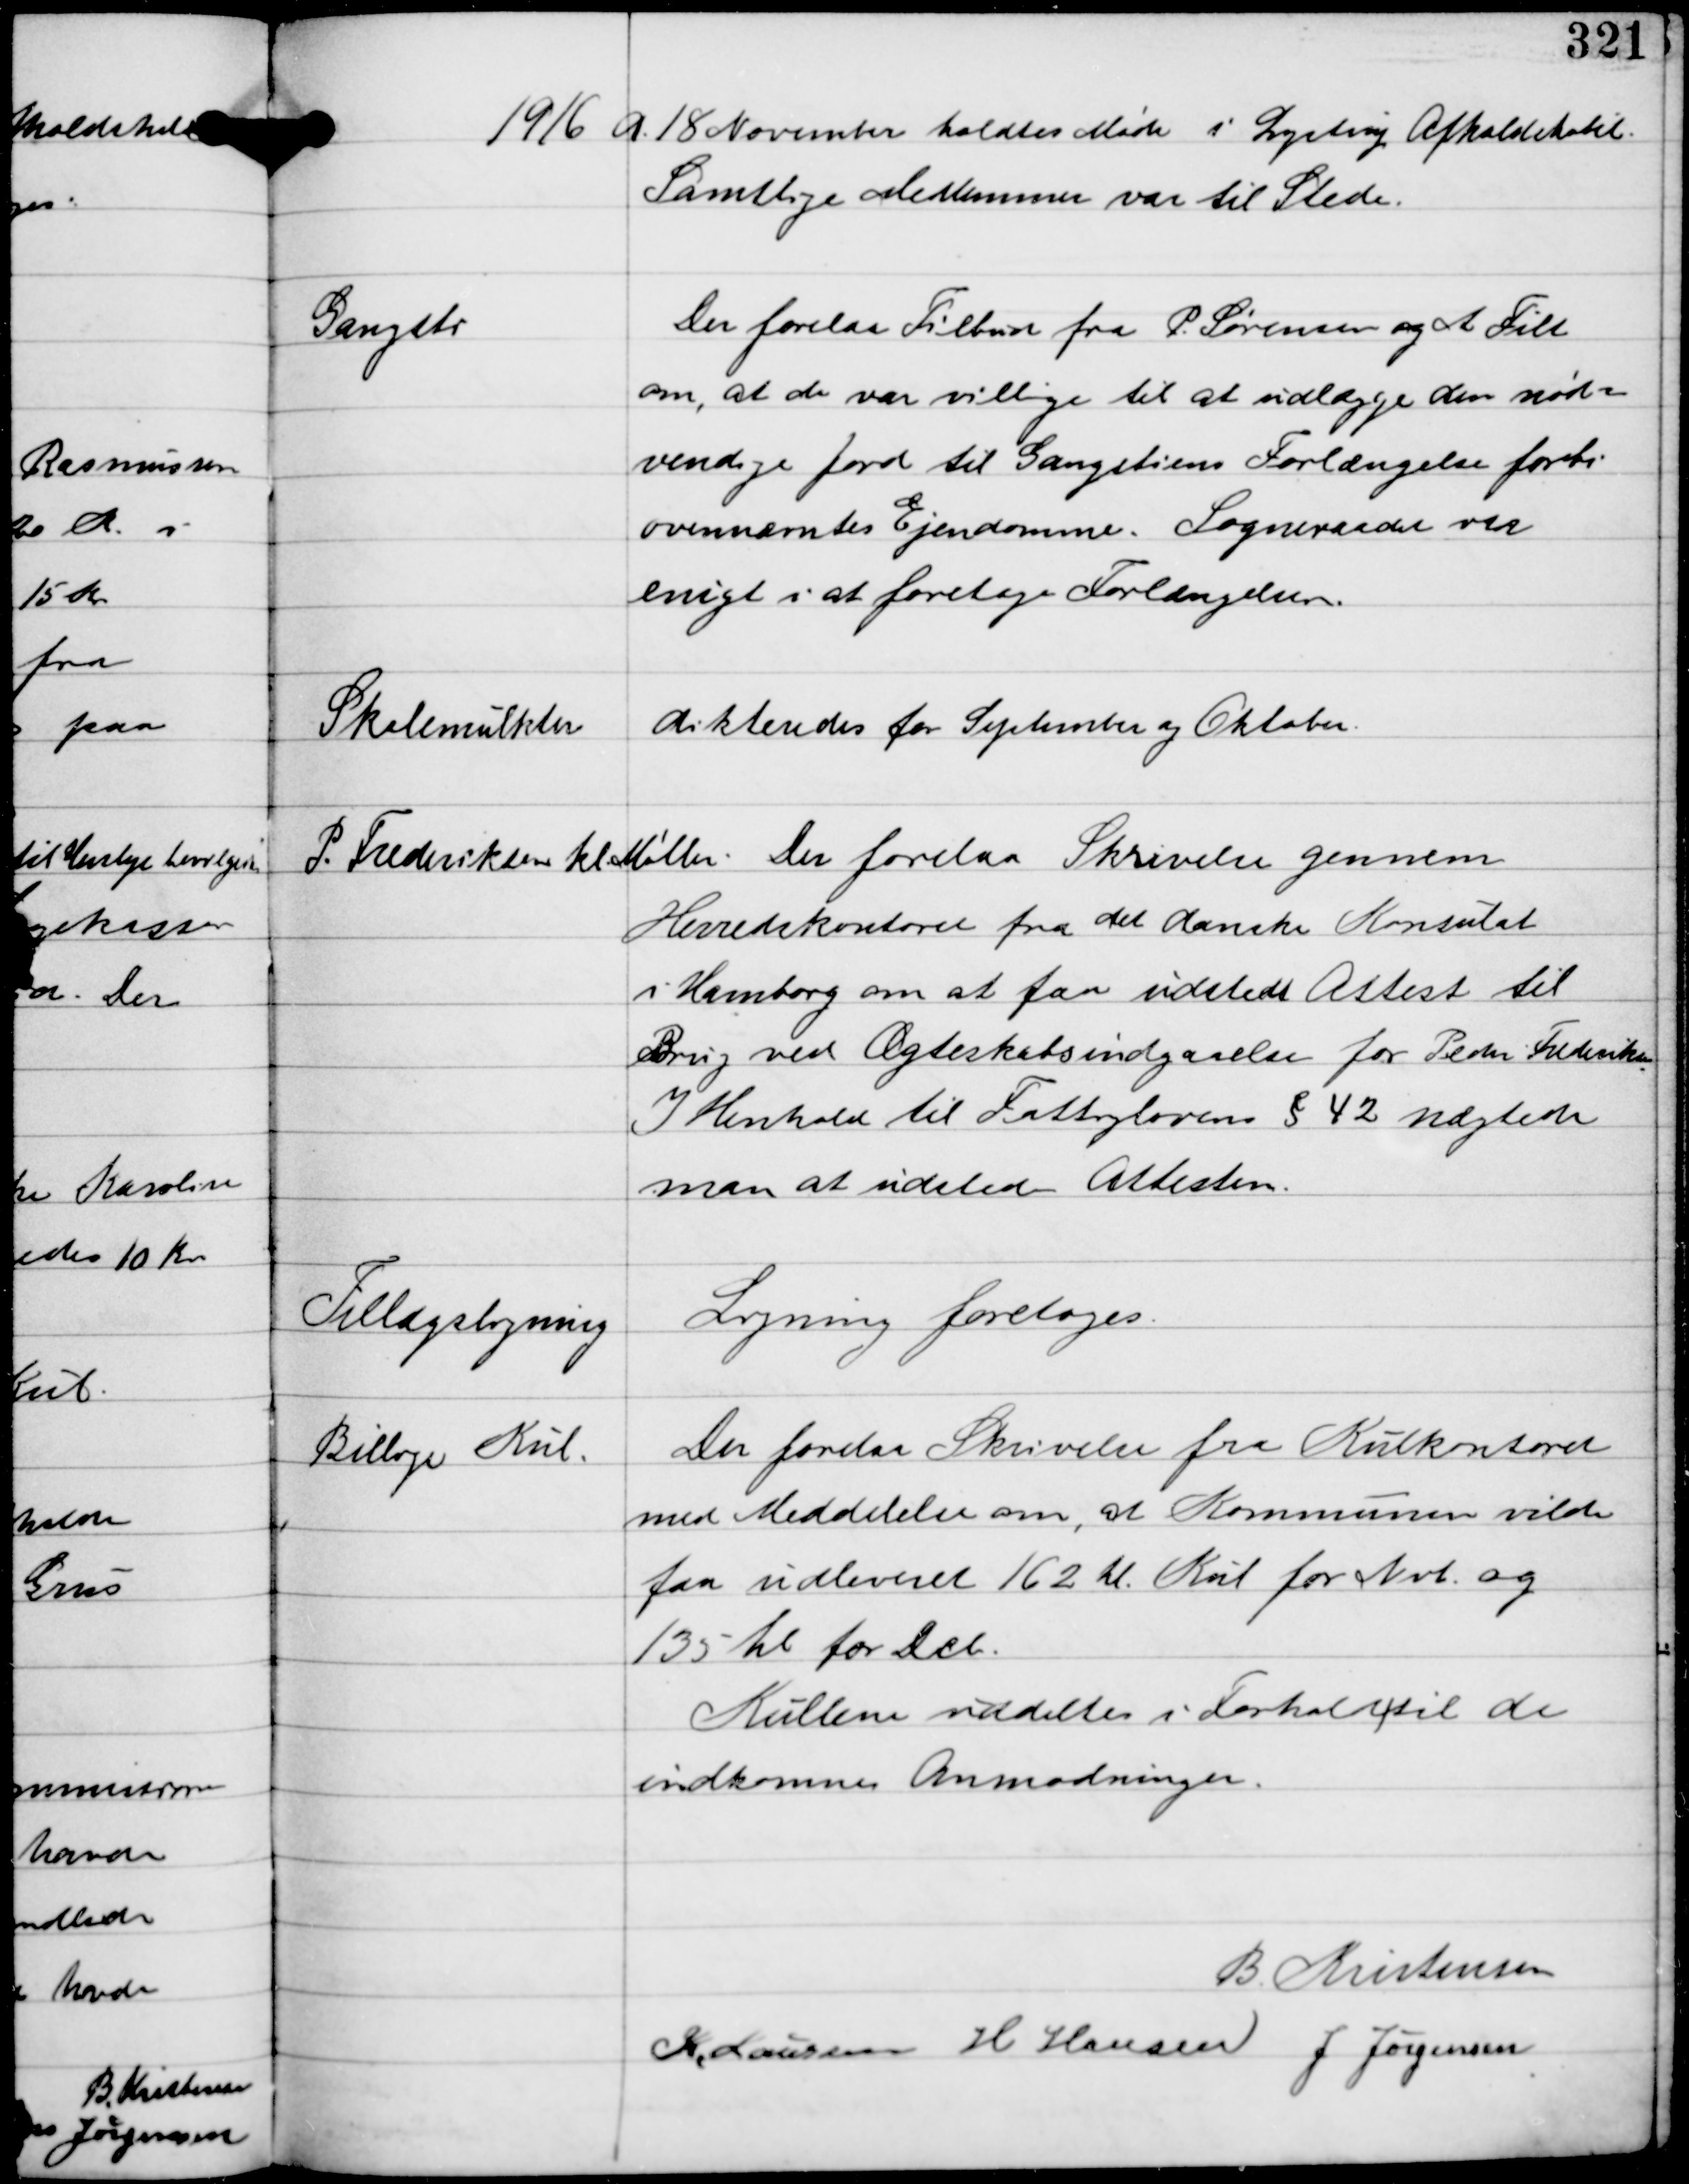
Transskription:
1916 d. 18 November holdtes Møde i Lystrup Afholdshotel
Samtlige Medlemmer var til Stede.

Gangsti

Der forelaa tilbud fra P. Sørensen og A Filt
om, at de var villige til at udlægge den nød-
vendige Jord til Gangstiens Forlængelse forbi
ovennævntes Ejendomme. Sogneraadet var
enigt i at foretage Forlængelsen.

Skolemulkter

dikteredes for September og Oktober.

P. Frederiksen kl Møller.

Der forelaa Skrivelse gennem
Herredskontoret fra det danske Konsulat
i Hamborg om at faa udstedt Attest til
Brug ved Ægteskabsindgaaelse for Peder Frederiksen.
I Henhold til Fattiglovens § 42 nægtede
man at udstede Attesten.

Tillægsligning

Ligning foretoges.

Billige Kul

Der forelaa Skrivelse fra Kulkontoret 
med Meddelelse om, at Kommunen vilde
faa udleveret 162 hl Kul for Nvb og
135 hl for Dcb.
Kullene uddeles i Forhold til de
indkomne Anmodninger.

B. Kristensen
K. Laursen H Hansen J. Jørgensen